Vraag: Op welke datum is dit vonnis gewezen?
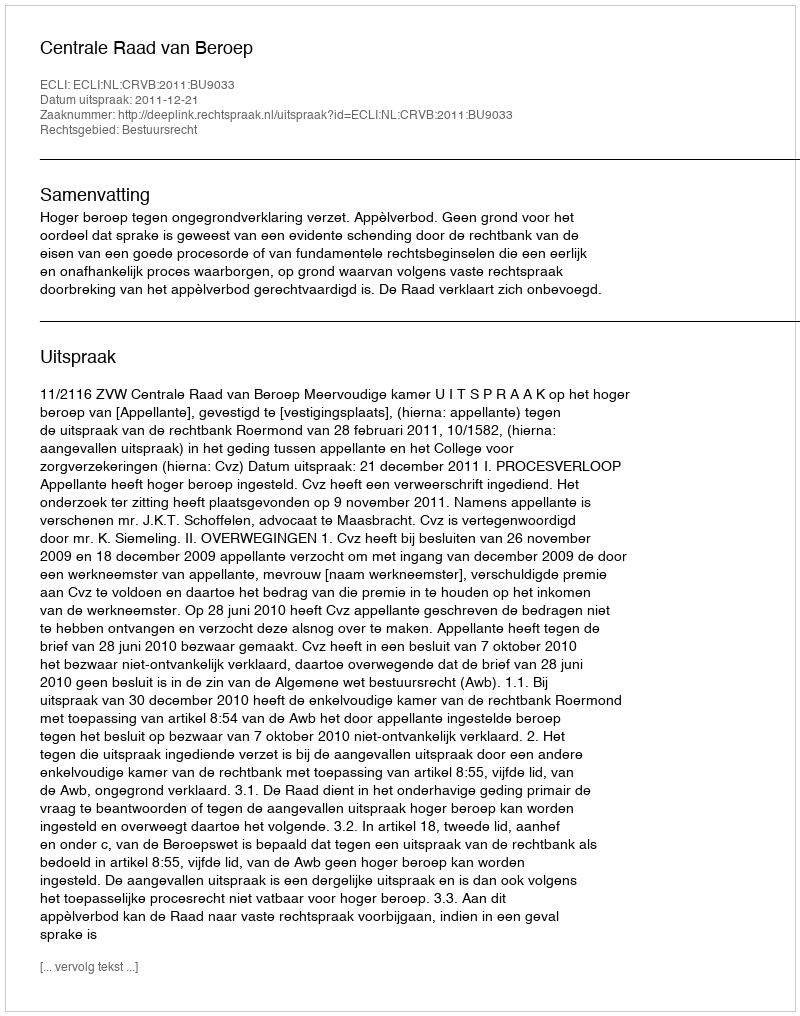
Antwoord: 2011-12-21